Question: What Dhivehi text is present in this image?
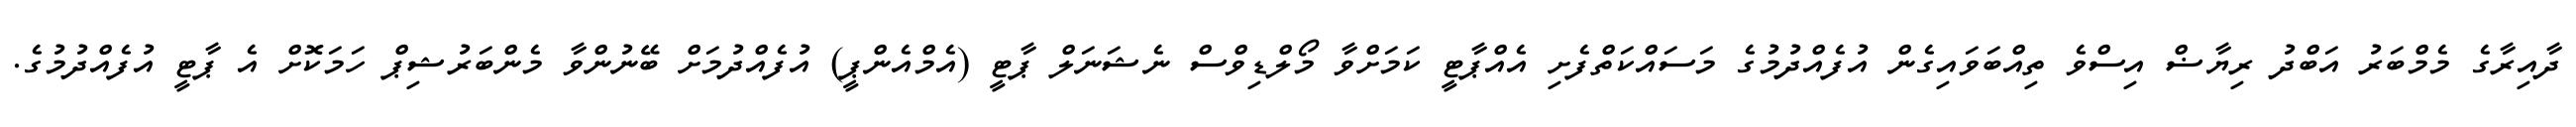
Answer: ދާއިރާގެ މެމްބަރު އަބްދު ރިޔާޟް އިސްވެ ތިއްބަވައިގެން އުފެއްދުމުގެ މަސައްކަތްފެށި އެއްޕާޓީ ކަމަށްވާ މޯލްޑިވްސް ނެޝަނަލް ޕާޓީ (އެމްއެންޕީ) އުފެއްދުމަށް ބޭނުންވާ މެންބަރުޝިޕް ހަމަކޮށް އެ ޕާޓީ އުފެއްދުމުގެ.